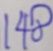
1 4 8